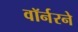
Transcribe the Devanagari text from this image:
वॉर्नरने